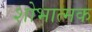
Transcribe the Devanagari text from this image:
शोभात्मक